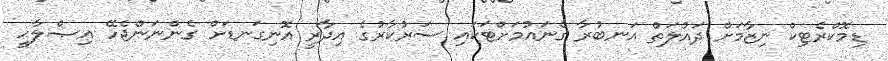
ޑިމޮކްރެޓިކް ނިޒާމަށް ދައުލަތް އަނބުރާ ގެނައުމަށްޓަކައި ސަރުކާރުގެ އިދާރީ އޮނިގަނޑަށް ގެންނަންޖެހޭ އިޞްލާޙީ